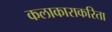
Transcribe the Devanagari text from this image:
कलाकाराकरिता